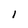
Character: l